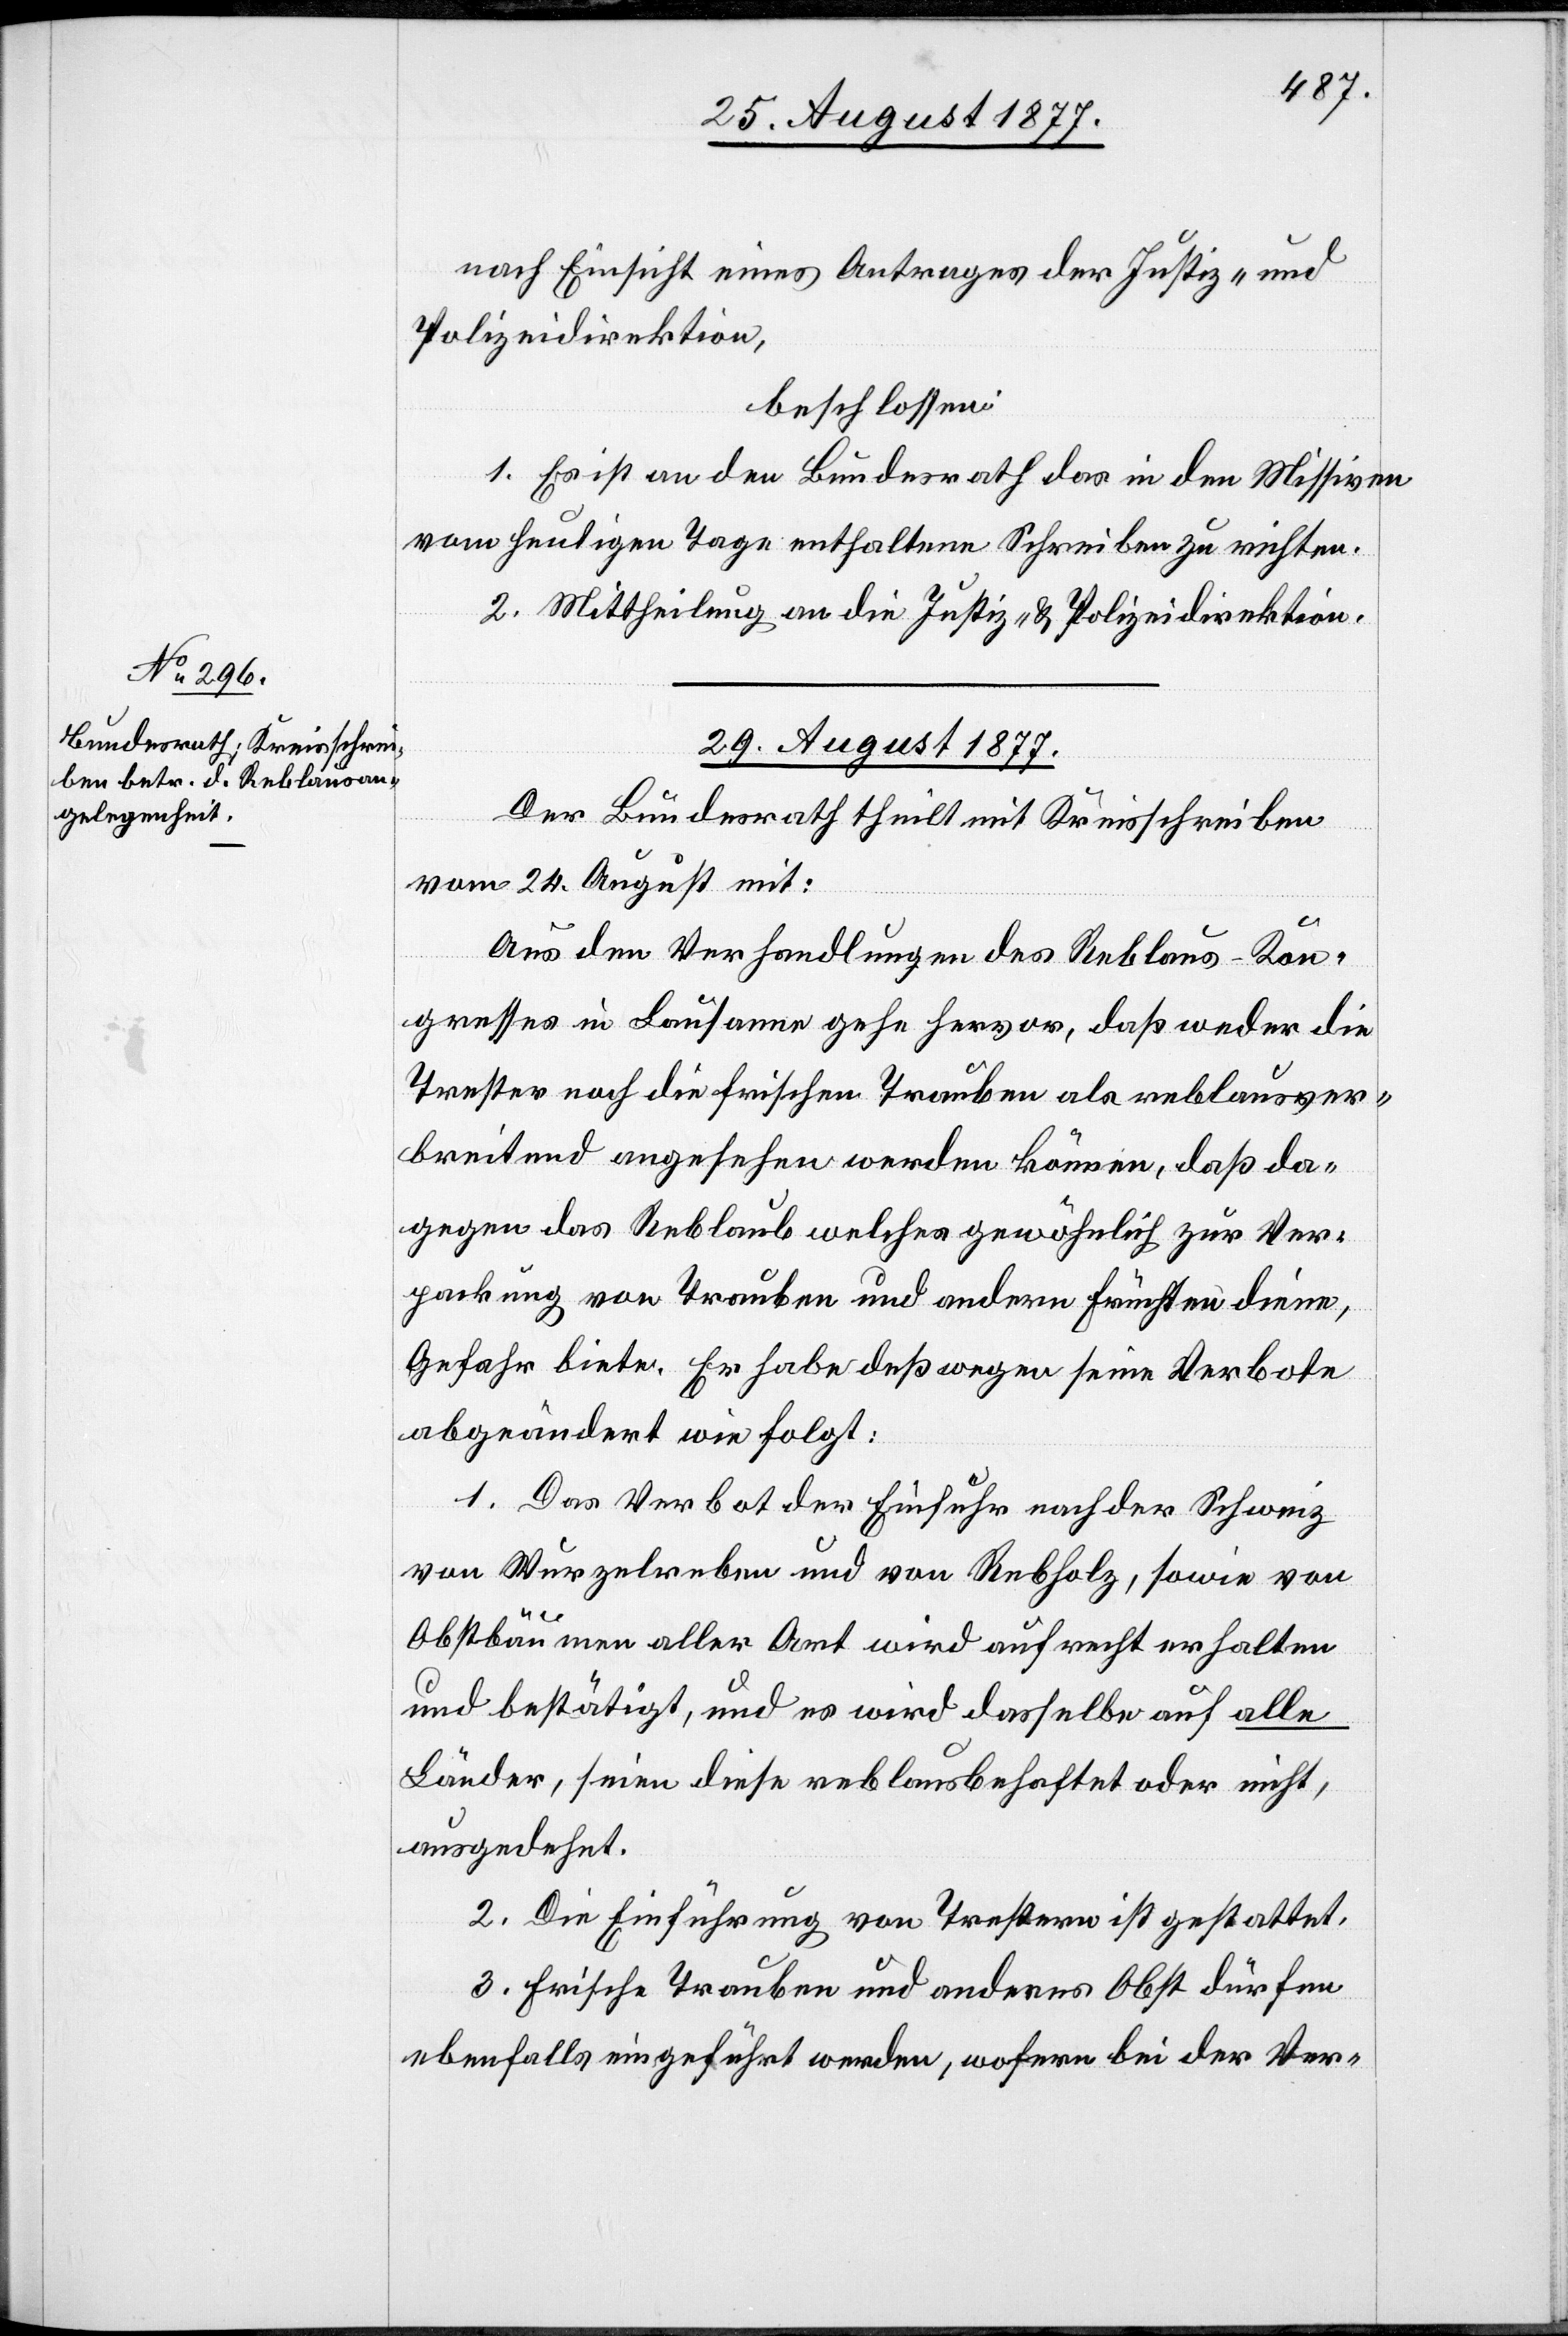
nach Einsicht eines Antrages der Justiz- und
Polizeidirektion,
beschlossen:
1. Es ist an den Bundesrath das in den Missiven
vom heutigen Tage enthaltene Schreiben zu richten.
2. Mittheilung an die Justiz- & Polizeidirektion.
29. August 1877.
Der Bundesrath theilt mit Kreisschreiben
vom 24. August mit:
Aus den Verhandlungen des Reblaus-Kon¬
gresses in Lausanne gehe hervor, daß weder die
Trester noch die frischen Trauben als reblausver¬
breitend angesehen werden können, daß da¬
gegen das Reblaub welches gewöhnlich zur Ver¬
packung von Trauben und andern Früchten diene,
Gefahr biete. Er habe deßwegen seine Verbote
abgeändert wie folgt:
1. Das Verbot der Einfuhr nach der Schweiz
von Wurzelreben und von Rebholz, sowie von
Obstbäumen aller Art wird aufrecht erhalten
und bestätigt, und es wird dasselbe auf alle
Länder, seien diese reblausbehaftet oder nicht,
ausgedehnt.
2. Die Einführung von Trestern ist gestattet.
3. Frische Trauben und anderes Obst dürfen
ebenfalls eingeführt werden, wofern bei der Ver-